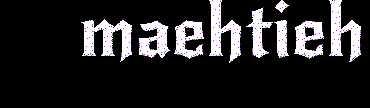
maehtieh